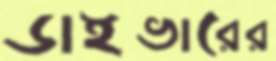
ডাইভারের